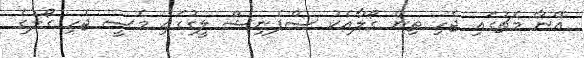
އޭނާ މެޗުގައި ޖެހި ތިން ގޯލާއެކު ސްޕެނިޝް ލީގުގައި މެސީ ޖެހި ގޯލުގެ